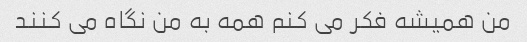
من همیشه فکر می کنم همه به من نگاه می کنند